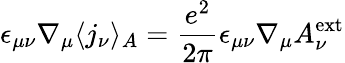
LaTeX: \epsilon_{\mu\nu}\nabla_{\mu}\langle j_{\nu}\rangle_{A}=\frac{e^{2}}{2\pi}\epsilon_{\mu\nu}\nabla_{\mu}A_{\nu}^{\mathrm{ext}}